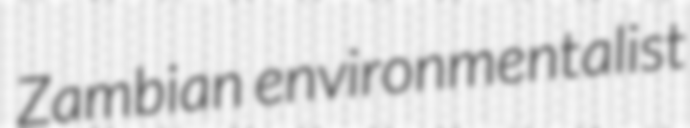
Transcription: Zambian environmentalist